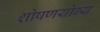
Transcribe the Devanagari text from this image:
शोषणयोग्य